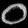
Digit: ၀